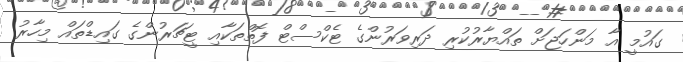
ގައުމީ އާ މަންހަޖަށް ތައްޔާރުކުރި ދަރިވަރުންގެ ޓެކްސްޓް ފޮތްތަކާއި ޓީޗަރުންގެ ގައިޑްތައް މިހާރު